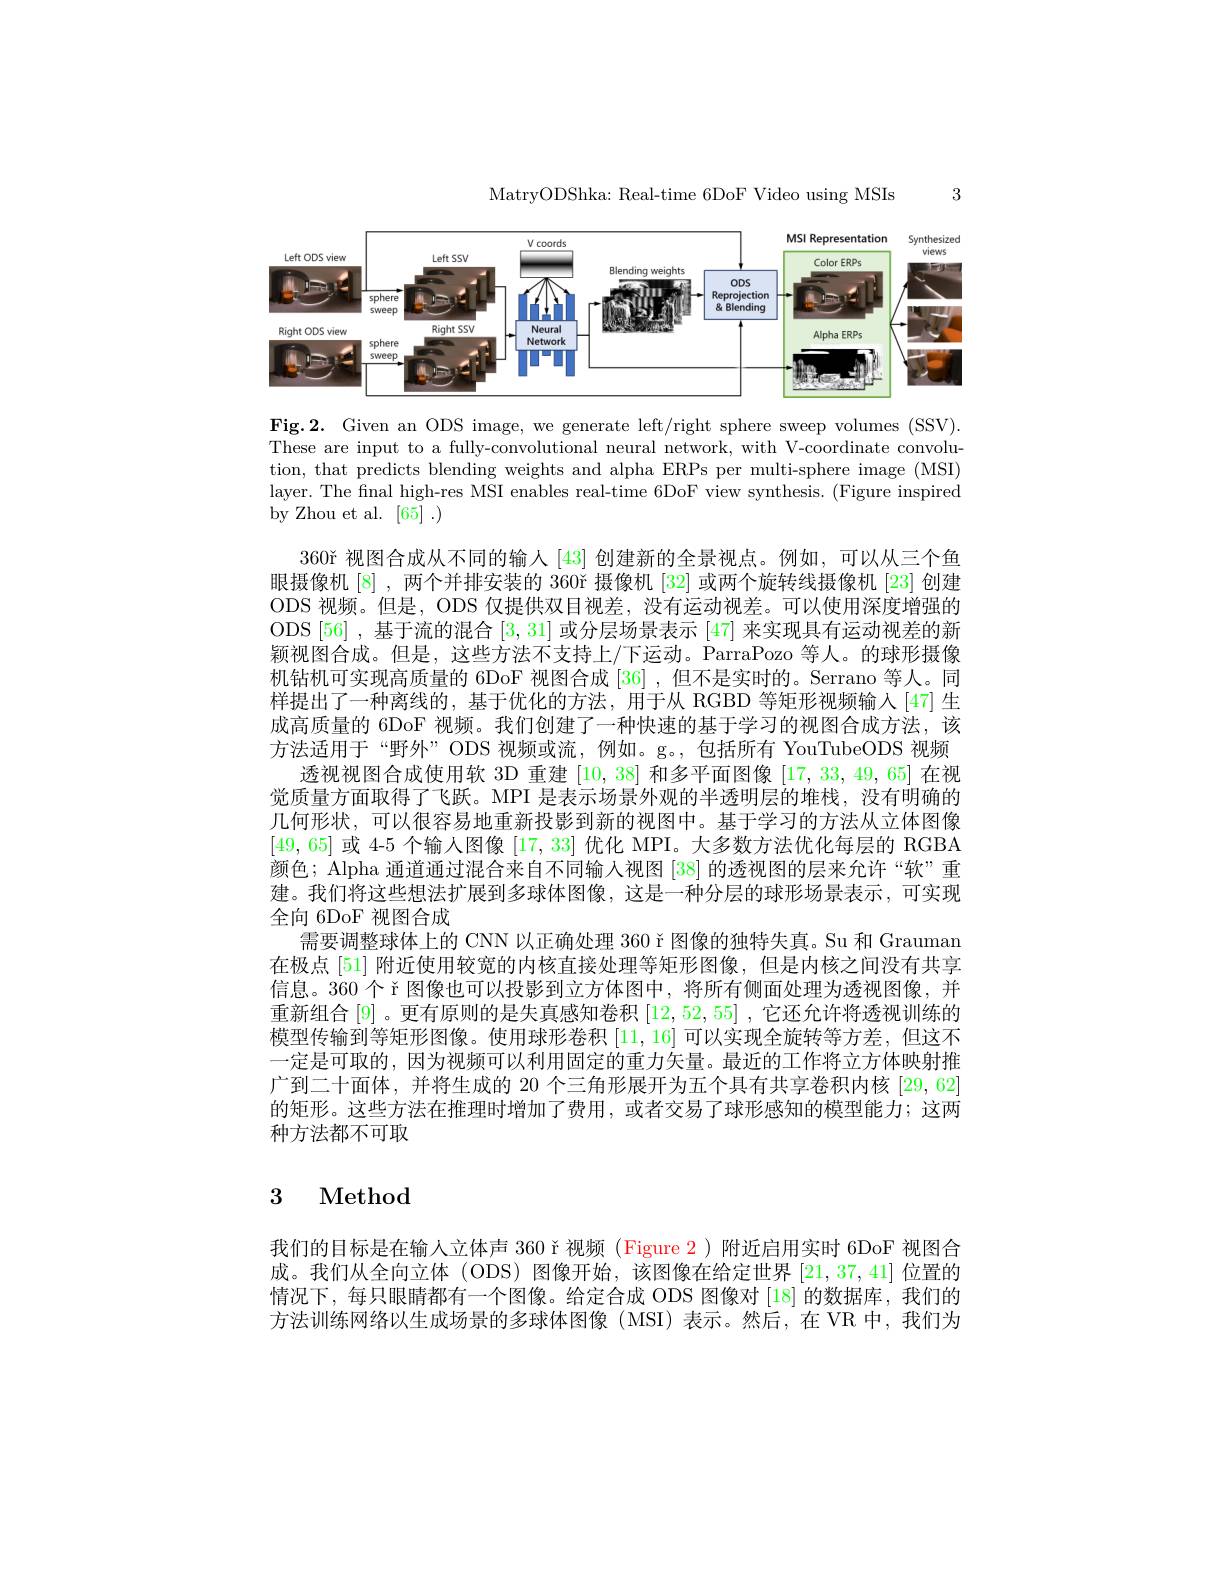
MatryODShka: Real-time 6DoF Video using MSIs

3

<FigureHere>

Fig.2. Given an ODS image, we generate left/right sphere sweep volumes (SSV). These are input to a fully-convolutional neural network, with V-coordinate convolution, that predicts blending weights and alpha ERPs per multi-sphere image (MSI) layer. The final high-res MSI enables real-time 6DoF view synthesis. (Figure inspired by Zhou et al. [65].)

360$\v{r} 视图合成从不同的输人 [43] 创建新的全景视点。例如，可以从三个鱼$ 眼摄像机[8] ,两个并排安装的 360ř 摄像机[32]或两个旋转线摄像机 [23] 创建ODS 视频。但是，ODS 仅提供双目视差，没有运动视差。可以使用深度增强的ODS [56] ,基于流的混合[3,31]或分层场景表示 [47] 来实现具有运动视差的新颖视图合成。但是，这些方法不支持上/下运动。ParraPozo 等人。的球形摄像机钻机可实现高质量的 6DoF 视图合成 [36] ,但不是实时的。Serrano 等人。同样提出了一种离线的，基于优化的方法，用于从 RGBD 等矩形视频输人[47] 生成高质量的 6DoF 视频。我们创建了一种快速的基于学习的视图合成方法，该方法适用于“野外”ODS 视频或流，例如。g。,包括所有 YouTubeODS 视频
透视视图合成使用软 3D 重建[10,38]和多平面图像[17,33,49,65]在视觉质量方面取得了飞跃。MPI 是表示场景外观的半透明层的堆栈，没有明确的几何形状，可以很容易地重新投影到新的视图中。基于学习的方法从立体图像[49,65]或 4-5 个输人图像[17,33]优化 MPI。大多数方法优化每层的 RGBA 颜色；Alpha 通道通过混合来自不同输入视图[38]的透视图的层来允许“软”重建。我们将这些想法扩展到多球体图像，这是一种分层的球形场景表示，可实现全向 6DoF 视图合成
需要调整球体上的 CNN 以正确处理 360 ř 图像的独特失真。Su 和 Grauman 在极点[51] 附近使用较宽的内核直接处理等矩形图像，但是内核之间没有共享信息。360 个 r 图像也可以投影到立方体图中，将所有侧面处理为透视图像，并重新组合[9] 。更有原则的是失真感知卷积[12,52,55] ,它还允许将透视训练的模型传输到等矩形图像。使用球形卷积[11,16]可以实现全旋转等方差，但这不一定是可取的，因为视频可以利用固定的重力矢量。最近的工作将立方体映射推广到二十面体，并将生成的 20 个三角形展开为五个具有共享卷积内核[29,62的矩形。这些方法在推理时增加了费用，或者交易了球形感知的模型能力；这两种方法都不可取

# 3 Method

我们的目标是在输人立体声 360 ř 视频 (Figure 2)附近启用实时 6DoF 视图合成。我们从全向立体 (ODS) 图像开始，该图像在给定世界[21,37,41]位置的情况下，每只眼睛都有一个图像。给定合成 ODS 图像对 [18] 的数据库，我们的方法训练网络以生成场景的多球体图像(MSI)表示。然后，在 VR 中，我们为